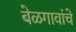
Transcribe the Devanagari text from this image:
बेळगावांचे